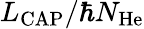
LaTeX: L_{\mathrm{CAP}}/\hbar N_{\mathrm{He}}